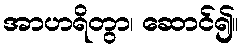
အာဟရိတွာ၊ ဆောင်၍။